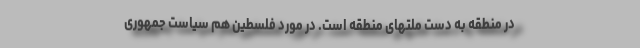
در منطقه به دست ملتهای منطقه است. در مورد فلسطین هم سیاست جمهوری